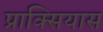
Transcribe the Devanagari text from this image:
प्राक्सियास